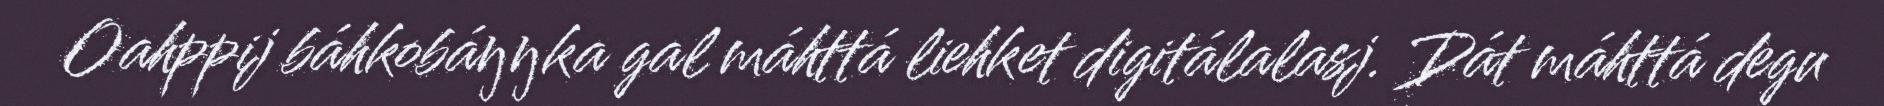
Oahppij báhkobáŋŋka gal máhttá liehket digitálalasj. Dát máhttá degu